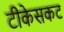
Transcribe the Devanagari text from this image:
टीकेसकट